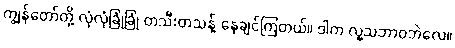
ကျွန်တော်တို့ လုံလုံခြုံခြုံ တသီးတသန့် နေချင်ကြတယ်။ ဒါက လူ့သဘာဝဘဲလေ။